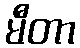
မီတာ